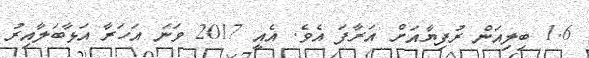
1.6 ބިލިއަން ރުފިޔާއަށް އަރާފަ އެވެ. އެއީ 2017 ވަނަ އަހަރާ އަޅާބަލާއިރު